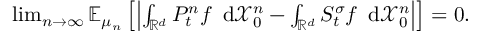
\begin{array} { r } { \operatorname* { l i m } _ { n \to \infty } { \mathbb E } _ { \mu _ { n } } \left[ \left| \int _ { { \mathbb R } ^ { d } } P _ { t } ^ { n } f \, \mathrm { \normalfont ~ d } \ensuremath { \mathcal X } _ { 0 } ^ { n } - \int _ { { \mathbb R } ^ { d } } S _ { t } ^ { \sigma } f \, \mathrm { \normalfont ~ d } \ensuremath { \mathcal X } _ { 0 } ^ { n } \right| \right] = 0 . } \end{array}